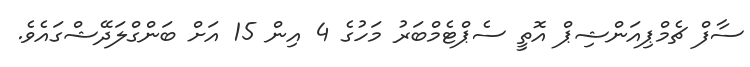
ސާފް ޗެމްޕިއަންޝިޕް އޮތީ ސެޕްޓެމްބަރު މަހުގެ 4 އިން 15 އަށް ބަންގްލަދޭޝްގައެވެ.